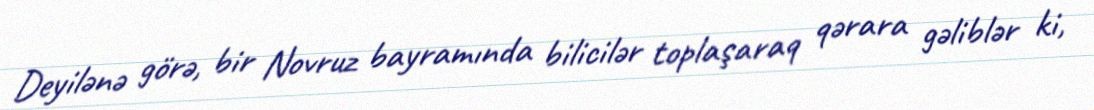
Deyilənə görə, bir Novruz bayramında bilicilər toplaşaraq qərara gəliblər ki,